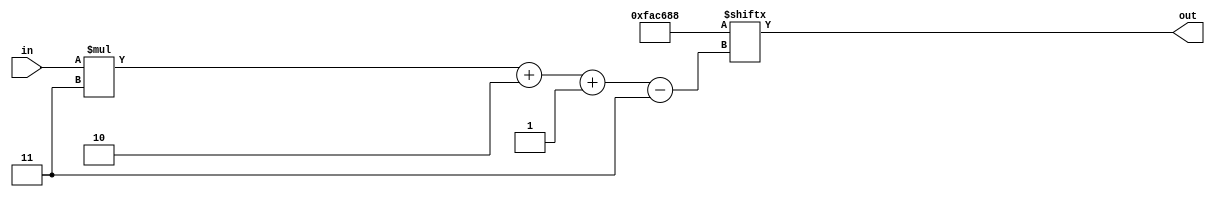
/*
   This file was generated automatically by Alchitry Labs version 1.2.1.
   Do not edit this file directly. Instead edit the original Lucid source.
   This is a temporary file and any changes made to it will be destroyed.
*/

module testtable_13 (
    input [2:0] in,
    output reg [2:0] out
  );
  
  
  
  localparam VECTABLE = 24'hfac688;
  
  always @* begin
    out = VECTABLE[(in)*3+2-:3];
  end
endmodule